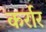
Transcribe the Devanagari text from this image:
कर्रार